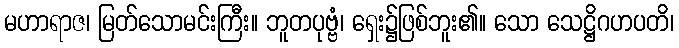
မဟာရာဇ၊ မြတ်သောမင်းကြီး။ ဘူတပုဗ္ဗံ၊ ရှေး၌ဖြစ်ဘူး၏။ သော သေဋ္ဌိဂဟပတိ၊